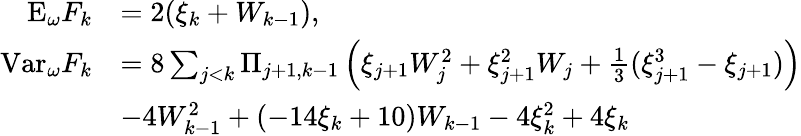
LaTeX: \begin{array}{rl}{\mathrm{E}_{\omega}F_{k}}&{=2(\xi_{k}+W_{k-1}),}\\ {\mathrm{Var}_{\omega}F_{k}}&{=8\sum_{j<k}\Pi_{j+1,k-1}\left(\xi_{j+1}W_{j}^{2}+\xi_{j+1}^{2}W_{j}+\frac{1}{3}(\xi_{j+1}^{3}-\xi_{j+1})\right)}\\ &{-4W_{k-1}^{2}+(-14\xi_{k}+10)W_{k-1}-4\xi_{k}^{2}+4\xi_{k}}\end{array}